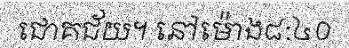
ជោគជ័យ។ នៅម៉ោង៨:៤០